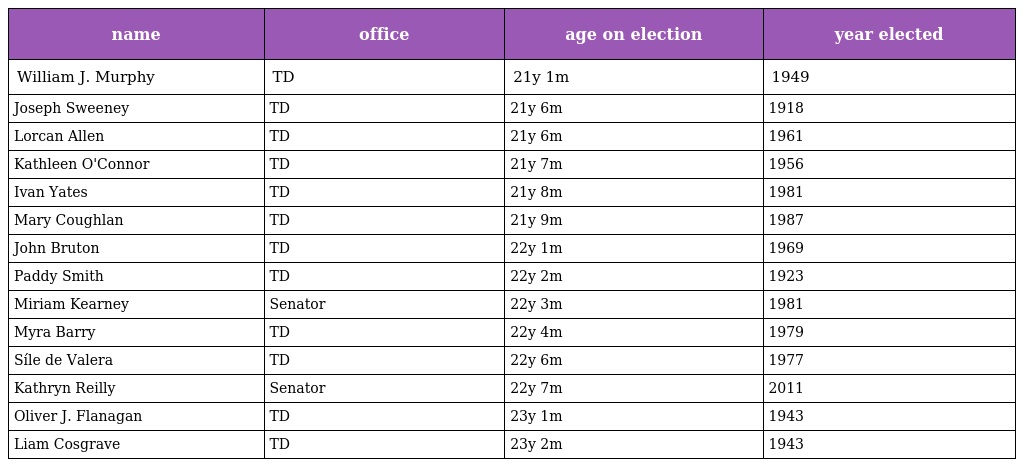
| name | office | age on election | year elected |
 | --- | --- | --- | --- |
 | William J. Murphy | TD | 21y 1m | 1949 |
 | Joseph Sweeney | TD | 21y 6m | 1918 |
 | Lorcan Allen | TD | 21y 6m | 1961 |
 | Kathleen O'Connor | TD | 21y 7m | 1956 |
 | Ivan Yates | TD | 21y 8m | 1981 |
 | Mary Coughlan | TD | 21y 9m | 1987 |
 | John Bruton | TD | 22y 1m | 1969 |
 | Paddy Smith | TD | 22y 2m | 1923 |
 | Miriam Kearney | Senator | 22y 3m | 1981 |
 | Myra Barry | TD | 22y 4m | 1979 |
 | Síle de Valera | TD | 22y 6m | 1977 |
 | Kathryn Reilly | Senator | 22y 7m | 2011 |
 | Oliver J. Flanagan | TD | 23y 1m | 1943 |
 | Liam Cosgrave | TD | 23y 2m | 1943 |